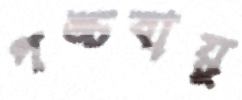
পঙ্চবায়ু